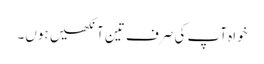
خواہ آپ کی صرف تین آنکھیں ہوں۔